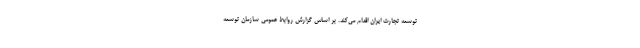
توسعه تجارت ایران اقدام می‌کند. بر اساس گزارش روابط عمومی سازمان توسعه